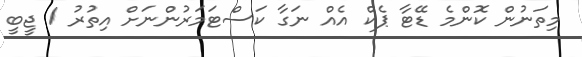
މިތަނުން ކޮންމެ ޑޭޓާ ޕެކް އެއް ނަގާ ކަސްޓަމަރުންނަށް އިތުރު 1 ޖީބީ